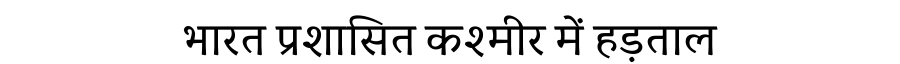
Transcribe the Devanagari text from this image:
भारत प्रशासित कश्मीर में हड़ताल